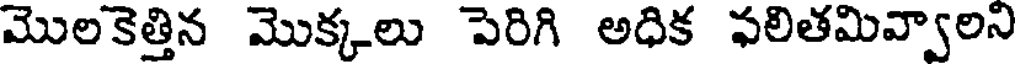
మొలకెత్తిన మొక్కలు పెరిగి అధిక ఫలితమివ్వాలని